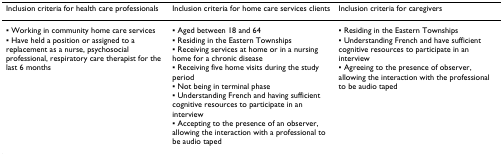
<table><thead><tr><td><b>Inclusion criteria for health care professionals</b></td><td><b>Inclusion criteria for home care services clients</b></td><td><b>Inclusion criteria for caregivers</b></td></tr></thead><tbody><tr><td>▪ Working in community home care services▪ Have held a position or assigned to a replacement as a nurse, psychosocial professional, respiratory care therapist for the last 6 months</td><td>▪ Aged between 18 and 64▪ Residing in the Eastern Townships▪ Receiving services at home or in a nursing home for a chronic disease▪ Receiving five home visits during the study period▪ Not being in terminal phase▪ Understanding French and having sufficient cognitive resources to participate in an interview▪ Accepting to the presence of an observer, allowing the interaction with a professional to be audio taped</td><td>▪ Residing in the Eastern Townships▪ Understanding French and have sufficient cognitive resources to participate in an interview▪ Agreeing to the presence of observer, allowing the interaction with the professional to be audio taped</td></tr></tbody></table>